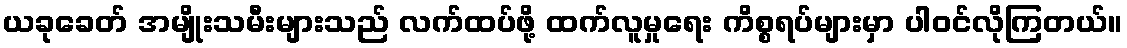
ယခုခေတ် အမျိုးသမီးများသည် လက်ထပ်ဖို့ ထက်လူမှုရေး ကိစ္စရပ်များမှာ ပါဝင်လိုကြတယ်။